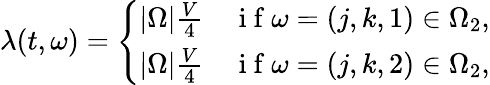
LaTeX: \lambda(t,\omega)=\left\{ \begin{array}{ll}{|\Omega|\frac{V}{4}}&{\mathrm{~i~f~}\omega=(j,k,1)\in\Omega_{2},}\\ {|\Omega|\frac{V}{4}}&{\mathrm{~i~f~}\omega=(j,k,2)\in\Omega_{2},}\end{array}\right.